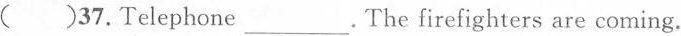
( )37.Telephone___.The firefighters are coming.